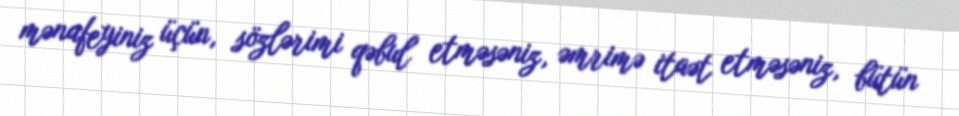
mənafeyiniz üçün, sözlərimi qəbul etməsəniz, əmrimə itaət etməsəniz, bütün